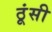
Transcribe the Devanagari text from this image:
ठूंसी